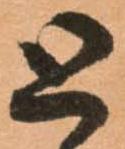
と